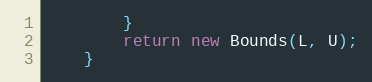
Language: Java
        }
        return new Bounds(L, U);
    }